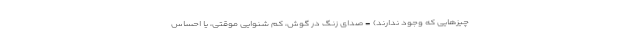
چیزهایی که وجود ندارند) - صدای زنگ در گوش، کم شنوایی موقتی، یا احساس